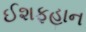
ઈશફહાન